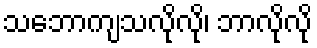
သဘောကျသလိုလို၊ ဘာလိုလို